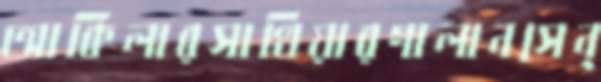
আকিলারসাথিয়ারগালানসেন্